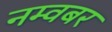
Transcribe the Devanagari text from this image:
नम्वबर